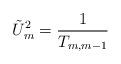
LaTeX: \begin{align*}\tilde{U}_m^2=\frac{1}{T_{m,m-1}}\end{align*}